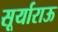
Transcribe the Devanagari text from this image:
सूर्याराऊ